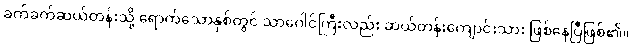
ခက်ခက်ဆယ်တန်းသို့ ရောက်သောနှစ်တွင် သာဂေါင်ကြီးလည်း ဆယ်တန်းကျောင်းသား ဖြစ်နေပြီဖြစ်၏။